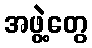
အဖွဲ့တွေ